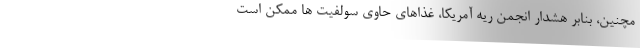
مچنین، بنابر هشدار انجمن ریه آمریکا، غذاهای حاوی سولفیت ها ممکن است